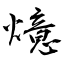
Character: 燱